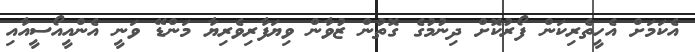
އެކަމަށް އެހީތެރިކަން ފޯރުކޮށް ދިނުުމުގެ ގޮތުން ޒުވާން ވިޔަފާރިވެރިޔާ މަންޑޭ ވަނީ އެންއީއޯސީއާއި